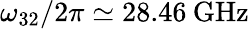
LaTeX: \omega_{32}/2\pi\simeq 28.46\: \mathrm{GHz}